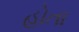
હોતા